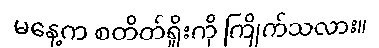
မနေ့က စတိတ်ရှိုးကို ကြိုက်သလား။